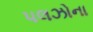
પલઝોના